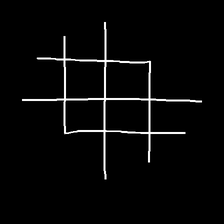
Glyph: crystal